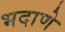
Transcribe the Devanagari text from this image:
भदाणे